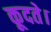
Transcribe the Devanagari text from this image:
कूदते।